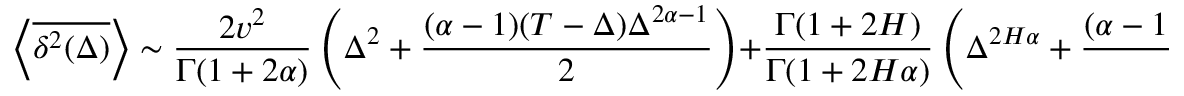
\left< \overline { { \delta ^ { 2 } ( \Delta ) } } \right> \sim \frac { 2 v ^ { 2 } } { \Gamma ( 1 + 2 \alpha ) } \left( \Delta ^ { 2 } + \frac { ( \alpha - 1 ) ( T - \Delta ) \Delta ^ { 2 \alpha - 1 } } { 2 } \right) + \frac { \Gamma ( 1 + 2 H ) } { \Gamma ( 1 + 2 H \alpha ) } \left( \Delta ^ { 2 H \alpha } + \frac { ( \alpha - 1 ) ( T - \Delta ) \Delta ^ { 2 H \alpha - 1 } } { 2 } \right) .